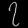
Digit: ၇